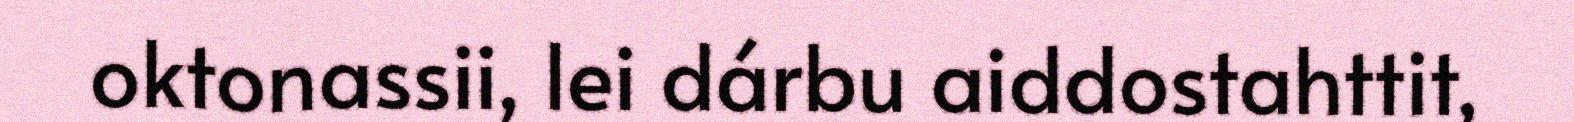
oktonassii, lei dárbu aiddostahttit,